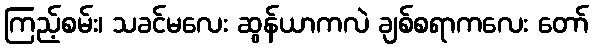
ကြည့်စမ်း၊ သခင်မလေး ဆွန်ယာကလဲ ချစ်စရာကလေး တော်